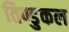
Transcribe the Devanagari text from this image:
तिण्डुकल